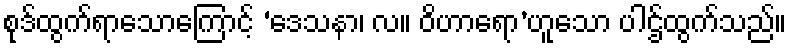
စုဒ်ထွက်ရာသောကြောင့် ‘ဒေသနာ၊ လ။ ဝိဟာရော’ဟူသော ပါဌ်ထွက်သည်။